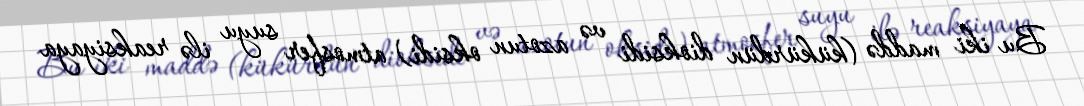
Bu iki maddə (kükürdün dioksidi və azotun oksidi) atmosfer suyu ilə reaksiyaya